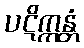
ပဋိက္ကန္တံ